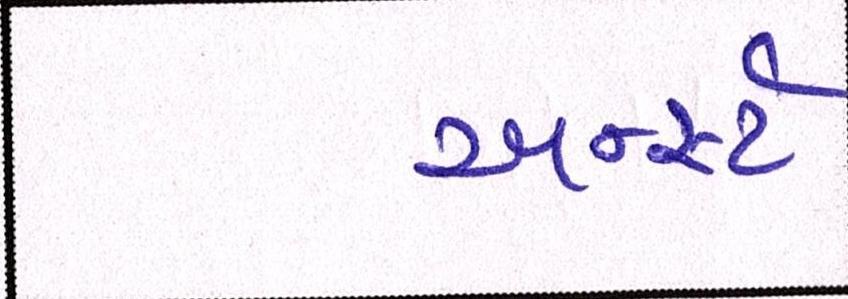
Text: અર્ન્સ્ટ